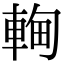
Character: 䡘